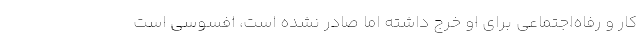
كار و رفاه‌اجتماعي براي او خرج داشته اما صادر نشده است، افسوسي است